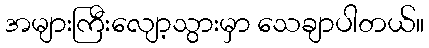
အများကြီးလျော့သွားမှာ သေချာပါတယ်။